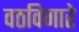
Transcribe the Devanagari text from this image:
वठविणारे